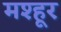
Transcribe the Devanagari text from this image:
मश्‍हूर